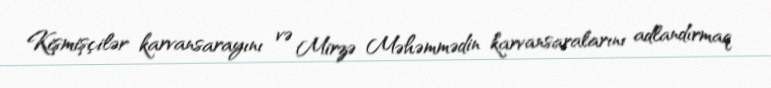
Kişmişçilər karvansarayını və Mirzə Məhəmmədin karvansaralarını adlandırmaq